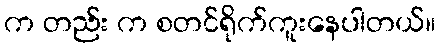
က တည်း က စတင်ရိုက်ကူးနေပါတယ်။